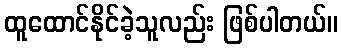
ထူထောင်နိုင်ခဲ့သူလည်း ဖြစ်ပါတယ်။